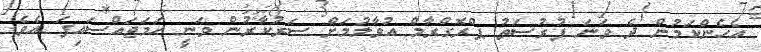
އެހެންކަމުން ދެ ވަނަ ފުރުސަތު ޕްރޮގްރާމް އުވާލުމަށް ސަރުކާރުން ވަނީ ހަމަޖައްސައިފަ އެވެ.